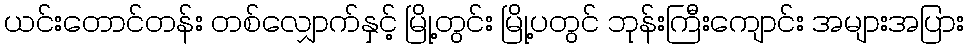
ယင်းတောင်တန်း တစ်လျှောက်နှင့် မြို့တွင်း မြို့ပတွင် ဘုန်းကြီးကျောင်း အများအပြား